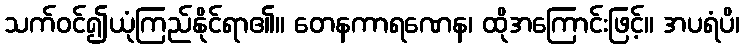
သက်ဝင်၍ယုံကြည်နိုင်ရာ၏။ တေနကာရဏေန၊ ထိုအကြောင်းဖြင့်။ အပရံပိ၊